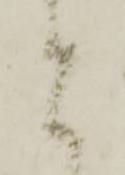
と